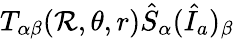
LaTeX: T_{\alpha\beta}(\mathcal{R},\theta,r)\hat{{S}}_{\alpha}(\hat{{I}}_{a})_{\beta}